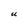
Character: U